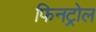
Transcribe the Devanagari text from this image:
फिनट्रोल